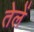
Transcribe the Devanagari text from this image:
तेलें